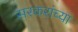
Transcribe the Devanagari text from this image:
सरकरांच्या